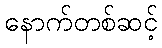
နောက်တစ်ဆင့်